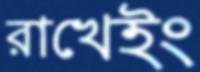
রাখেইং